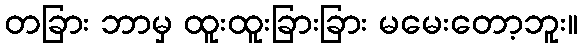
တခြား ဘာမှ ထူးထူးခြားခြား မမေးတော့ဘူး။